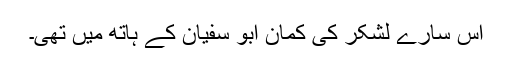
اس سارے لشکر کی کمان ابو سفیان کے ہاتھ میں تھی۔